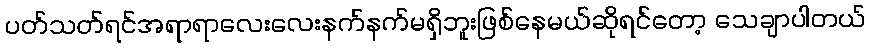
ပတ်သတ်ရင်အရာရာလေးလေးနက်နက်မရှိဘူးဖြစ်နေမယ်ဆိုရင်တော့ သေချာပါတယ်